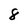
Character: 8